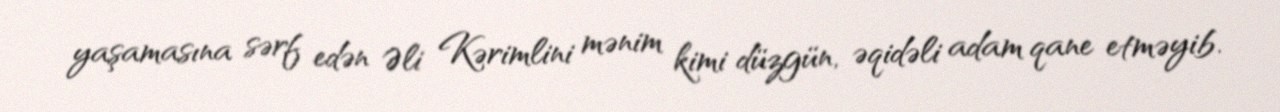
yaşamasına sərf edən Əli Kərimlini mənim kimi düzgün, əqidəli adam qane etməyib.